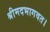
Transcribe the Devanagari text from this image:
श्रीमदभागवत।